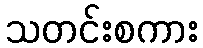
သတင်းစကား